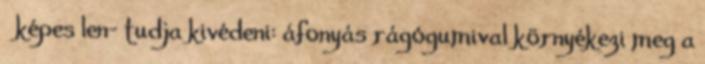
képes len- tudja kivédeni: áfonyás rágógumival környékezi meg a